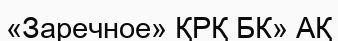
«Заречное» ҚРҚ БК» АҚ